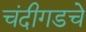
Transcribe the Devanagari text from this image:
चंदीगडचे